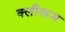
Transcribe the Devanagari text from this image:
क्लीनरूम